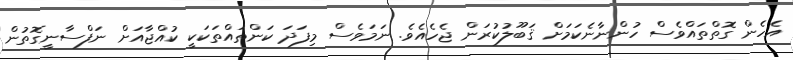
އެހެން ގޮތްތައްވެސް ހުންނާނެކަމަށް ޤަބޫލުކުރަން ޖެހެއެވެ. ނަމަވެސް މިފަދަ ކަންތައްތަކަކީ ކުއްޖާއަށް ނަފްސާނީގޮތުން